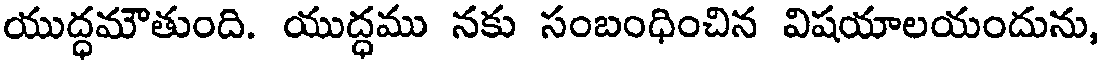
యుద్ధమౌతుంది. యుద్ధము నకు సంబంధించిన విషయాలయందును,